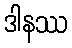
ဒါနဿ